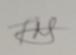
Signature authenticity: genuine